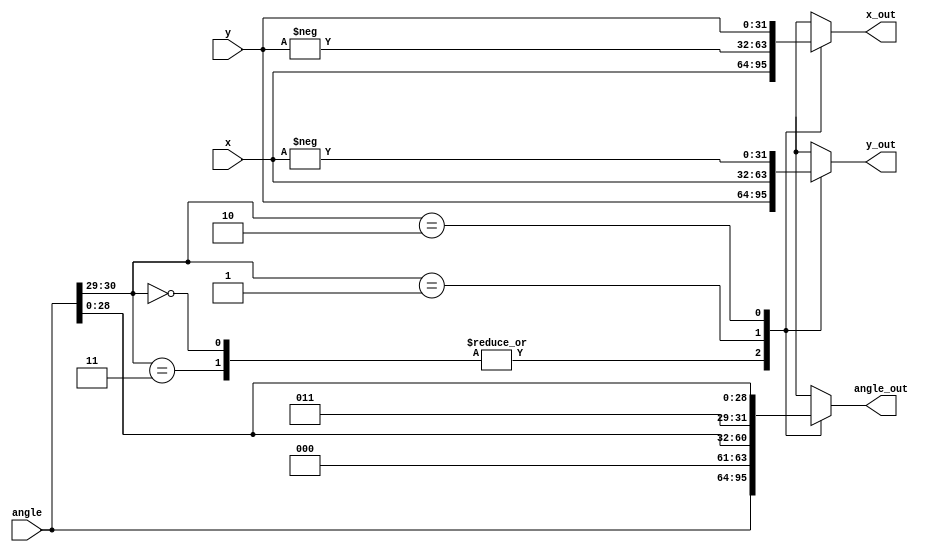
module Quadrant_Corrector(
    input [31:0] x,
    input [31:0] y,
    input[31:0] angle,
    output reg [31:0] x_out,
    output reg [31:0] y_out,
    output reg [31:0] angle_out
);

always @(*)
begin
    case(angle[30:29])
        2'b00,2'b11:
            begin		// -90 to 90
            x_out <= x;
            y_out <= y;
            angle_out <= angle;
            end
        2'b01:				// subtract 90	(second quadrant)
            begin
            x_out <= -y;
            y_out <= x;
            angle_out <= {3'b000, angle[28:0]};
            end
        2'b10:				// add 90 (third quadrant)
            begin
            x_out <= y;			
            y_out <= -x;
            angle_out <= {2'b011,angle[28:0]};
            end
    endcase
end



endmodule